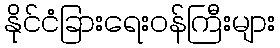
နိုင်ငံခြားရေးဝန်ကြီးများ